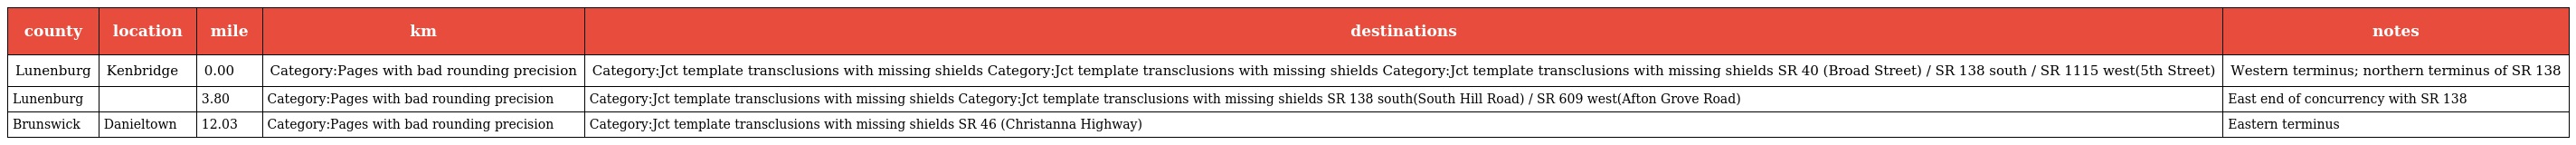
| county | location | mile | km | destinations | notes |
 | --- | --- | --- | --- | --- | --- |
 | Lunenburg | Kenbridge | 0.00 | Category:Pages with bad rounding precision | Category:Jct template transclusions with missing shields Category:Jct template transclusions with missing shields Category:Jct template transclusions with missing shields SR 40 (Broad Street) / SR 138 south / SR 1115 west(5th Street) | Western terminus; northern terminus of SR 138 |
 | Lunenburg |  | 3.80 | Category:Pages with bad rounding precision | Category:Jct template transclusions with missing shields Category:Jct template transclusions with missing shields SR 138 south(South Hill Road) / SR 609 west(Afton Grove Road) | East end of concurrency with SR 138 |
 | Brunswick | Danieltown | 12.03 | Category:Pages with bad rounding precision | Category:Jct template transclusions with missing shields SR 46 (Christanna Highway) | Eastern terminus |